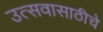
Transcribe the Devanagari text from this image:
उत्सवासाठीचे